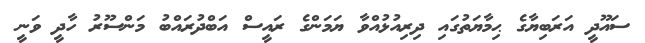
ސައޫދީ އަރަބިޔާގެ ޙިމާޔަތުގައި ދިރިއުޅުއްވާ ޔަމަންގެ ރައީސް އަބްދުރައްބު މަންސޫރު ހާދީ ވަނީ